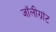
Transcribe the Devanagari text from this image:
जॉलीग्रांट